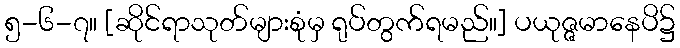
၅-၆-၇။ [ဆိုင်ရာသုတ်များစုံမှ ရုပ်တွက်ရမည်။] ပယုဇ္ဇမာနေပိ၌